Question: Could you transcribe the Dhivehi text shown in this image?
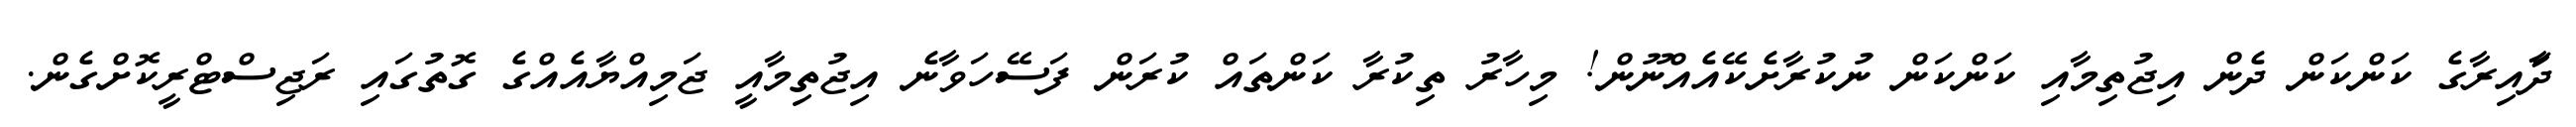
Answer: ދަާއިރާގެ ކަންކަން ދެން އިޖުތިމާއި ކަންކަން ނުކުރާށެކޭއެއްނޫން! މިހާރު ތިކުރާ ކަންތައް ކުރަން ފަސޭހަވާނެ އިޖުތިމާއީ ޖަމިއްޔާއެއްގެ ގޮތުގައި ރަޖިސްޓްރީކޮށްގެން.